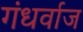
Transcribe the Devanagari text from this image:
गंधर्वाज